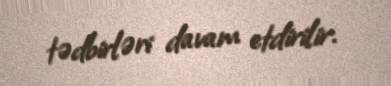
tədbirləri davam etdirilir.